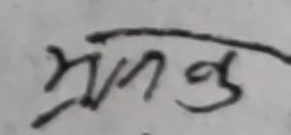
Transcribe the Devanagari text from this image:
प्रभु